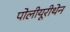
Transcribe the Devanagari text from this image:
पोलीयूरीथेन